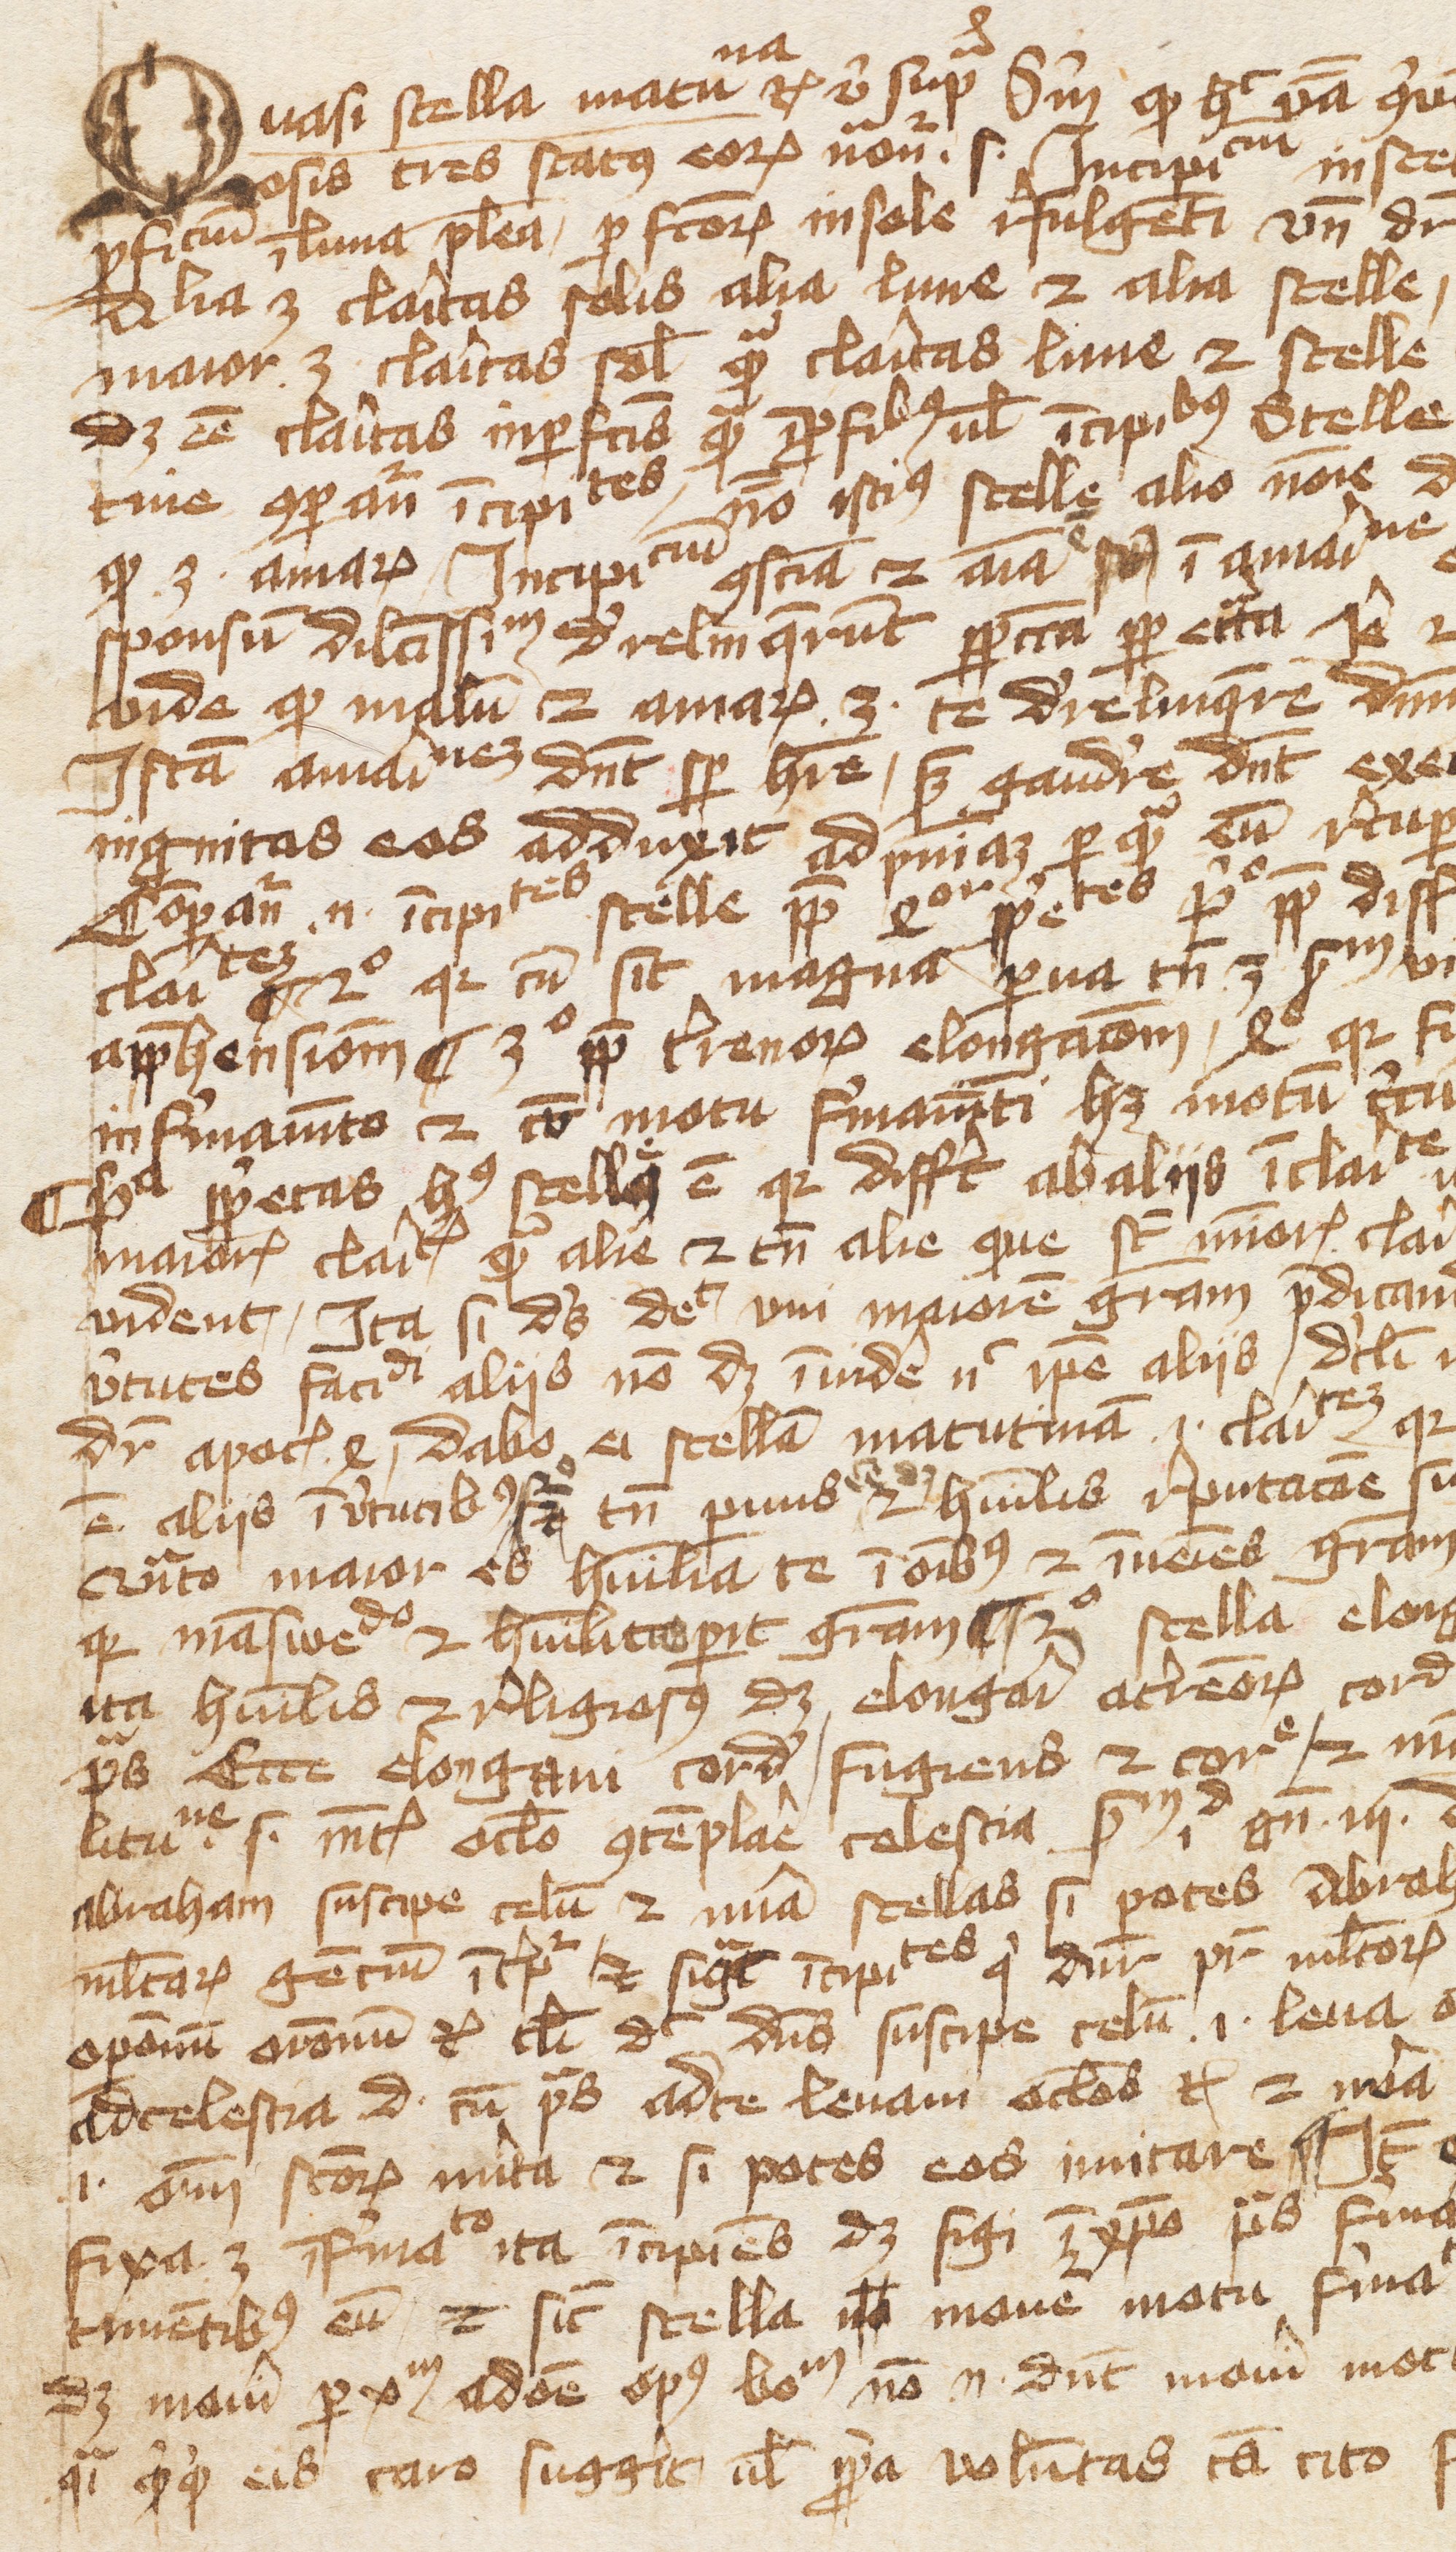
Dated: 1400–1415